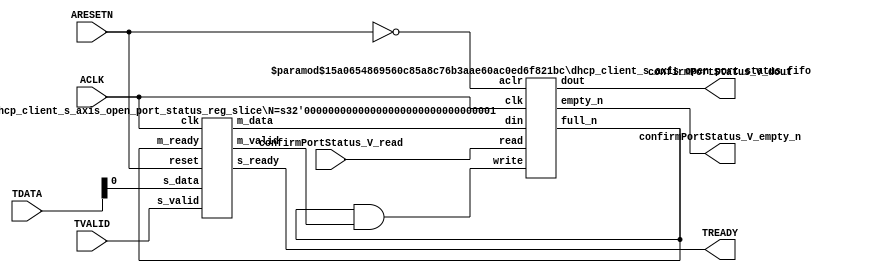
// ==============================================================
// File generated by Vivado(TM) HLS - High-Level Synthesis from C, C++ and SystemC
// Version: 2015.1
// Copyright (C) 2015 Xilinx Inc. All rights reserved.
// 
// ==============================================================


`timescale 1ns/1ps

module dhcp_client_s_axis_open_port_status_if (
    // AXI4-Stream singals
    input  wire       ACLK,
    input  wire       ARESETN,
    input  wire       TVALID,
    output wire       TREADY,
    input  wire [7:0] TDATA,
    // User signals
    output wire [0:0] confirmPortStatus_V_dout,
    output wire       confirmPortStatus_V_empty_n,
    input  wire       confirmPortStatus_V_read
);
//------------------------Local signal-------------------
// FIFO
wire [0:0] fifo_write;
wire [0:0] fifo_full_n;
wire [0:0] confirmPortStatus_V_din;
wire [0:0] confirmPortStatus_V_full_n;
// register slice
wire [0:0] s_valid;
wire [0:0] s_ready;
wire [0:0] s_data;
wire [0:0] m_valid;
wire [0:0] m_ready;
wire [0:0] m_data;

//------------------------Instantiation------------------
// rs
dhcp_client_s_axis_open_port_status_reg_slice #(
    .N       ( 1 )
) rs (
    .clk     ( ACLK ),
    .reset   ( ARESETN ),
    .s_data  ( s_data ),
    .s_valid ( s_valid ),
    .s_ready ( s_ready ),
    .m_data  ( m_data ),
    .m_valid ( m_valid ),
    .m_ready ( m_ready )
);

// confirmPortStatus_V_fifo
dhcp_client_s_axis_open_port_status_fifo #(
    .DATA_BITS  ( 1 ),
    .DEPTH_BITS ( 4 )
) confirmPortStatus_V_fifo (
    .clk        ( ACLK ),
    .aclr       ( ~ARESETN ),
    .empty_n    ( confirmPortStatus_V_empty_n ),
    .full_n     ( confirmPortStatus_V_full_n ),
    .read       ( confirmPortStatus_V_read ),
    .write      ( fifo_write ),
    .dout       ( confirmPortStatus_V_dout ),
    .din        ( confirmPortStatus_V_din )
);

//------------------------Body---------------------------
//++++++++++++++++++++++++AXI4-Stream++++++++++++++++++++
assign TREADY = s_ready;

//+++++++++++++++++++++++++++++++++++++++++++++++++++++++

//++++++++++++++++++++++++Reigister Slice++++++++++++++++
assign s_valid = TVALID;
assign m_ready = fifo_full_n;
assign s_data  = {TDATA[0:0]};

//+++++++++++++++++++++++++++++++++++++++++++++++++++++++

//++++++++++++++++++++++++FIFO+++++++++++++++++++++++++++
assign fifo_write              = fifo_full_n & m_valid;
assign confirmPortStatus_V_din = m_data[0:0];
assign fifo_full_n             = confirmPortStatus_V_full_n;

//+++++++++++++++++++++++++++++++++++++++++++++++++++++++

endmodule



`timescale 1ns/1ps

module dhcp_client_s_axis_open_port_status_fifo
#(parameter
    DATA_BITS  = 8,
    DEPTH_BITS = 4
)(
    input  wire                 clk,
    input  wire                 aclr,
    output wire                 empty_n,
    output wire                 full_n,
    input  wire                 read,
    input  wire                 write,
    output wire [DATA_BITS-1:0] dout,
    input  wire [DATA_BITS-1:0] din
);
//------------------------Parameter----------------------
localparam
    DEPTH = 1 << DEPTH_BITS;
//------------------------Local signal-------------------
reg                   empty;
reg                   full;
reg  [DEPTH_BITS-1:0] index;
reg  [DATA_BITS-1:0]  mem[0:DEPTH-1];
//------------------------Body---------------------------
assign empty_n = ~empty;
assign full_n  = ~full;
assign dout    = mem[index];

// empty
always @(posedge clk or posedge aclr) begin
    if (aclr)
        empty <= 1'b1;
    else if (empty & write & ~read)
        empty <= 1'b0;
    else if (~empty & ~write & read & (index==1'b0))
        empty <= 1'b1;
end

// full
always @(posedge clk or posedge aclr) begin
    if (aclr)
        full <= 1'b0;
    else if (full & read & ~write)
        full <= 1'b0;
    else if (~full & ~read & write & (index==DEPTH-2'd2))
        full <= 1'b1;
end

// index
always @(posedge clk or posedge aclr) begin
    if (aclr)
        index <= {DEPTH_BITS{1'b1}};
    else if (~empty & ~write & read)
        index <= index - 1'b1;
    else if (~full & ~read & write)
        index <= index + 1'b1;
end

// mem
always @(posedge clk) begin
    if (~full & write) mem[0] <= din;
end

genvar i;
generate
    for (i = 1; i < DEPTH; i = i + 1) begin : gen_sr
        always @(posedge clk) begin
            if (~full & write) mem[i] <= mem[i-1];
        end
    end
endgenerate

endmodule

`timescale 1ns/1ps

module dhcp_client_s_axis_open_port_status_reg_slice
#(parameter
    N = 8   // data width
) (
    // system signals
    input  wire         clk,
    input  wire         reset,
    // slave side
    input  wire [N-1:0] s_data,
    input  wire         s_valid,
    output wire         s_ready,
    // master side
    output wire [N-1:0] m_data,
    output wire         m_valid,
    input  wire         m_ready
);
//------------------------Parameter----------------------
// state
localparam [1:0]
    ZERO = 2'b10,
    ONE  = 2'b11,
    TWO  = 2'b01;
//------------------------Local signal-------------------
reg  [N-1:0] data_p1;
reg  [N-1:0] data_p2;
wire         load_p1;
wire         load_p2;
wire         load_p1_from_p2;
reg          s_ready_t;
reg  [1:0]   state;
reg  [1:0]   next;
//------------------------Body---------------------------
assign s_ready = s_ready_t;
assign m_data  = data_p1;
assign m_valid = state[0];

assign load_p1 = (state == ZERO && s_valid) ||
                 (state == ONE && s_valid && m_ready) ||
                 (state == TWO && m_ready);
assign load_p2 = s_valid & s_ready;
assign load_p1_from_p2 = (state == TWO);

// data_p1
always @(posedge clk) begin
    if (load_p1) begin
        if (load_p1_from_p2)
            data_p1 <= data_p2;
        else
            data_p1 <= s_data;
    end
end

// data_p2
always @(posedge clk) begin
    if (load_p2) data_p2 <= s_data;
end

// s_ready_t
always @(posedge clk) begin
    if (~reset)
        s_ready_t <= 1'b0;
    else if (state == ZERO)
        s_ready_t <= 1'b1;
    else if (state == ONE && next == TWO)
        s_ready_t <= 1'b0;
    else if (state == TWO && next == ONE)
        s_ready_t <= 1'b1;
end

// state
always @(posedge clk) begin
    if (~reset)
        state <= ZERO;
    else
        state <= next;
end

// next
always @(*) begin
    case (state)
        ZERO:
            if (s_valid & s_ready)
                next = ONE;
            else
                next = ZERO;
        ONE:
            if (~s_valid & m_ready)
                next = ZERO;
            else if (s_valid & ~m_ready)
                next = TWO;
            else
                next = ONE;
        TWO:
            if (m_ready)
                next = ONE;
            else
                next = TWO;
        default:
            next = ZERO;
    endcase
end

endmodule